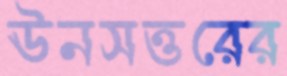
ঊনসত্তরের